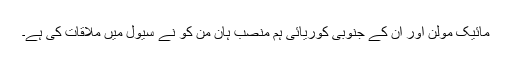
مائیک مولن اور اُن کے جنوبی کوریائی ہم منصب ہان من کو نے سیول میں ملاقات کی ہے۔